Vaccination Hyderabad 1890-1903 - 1890-1903
Year: 1890
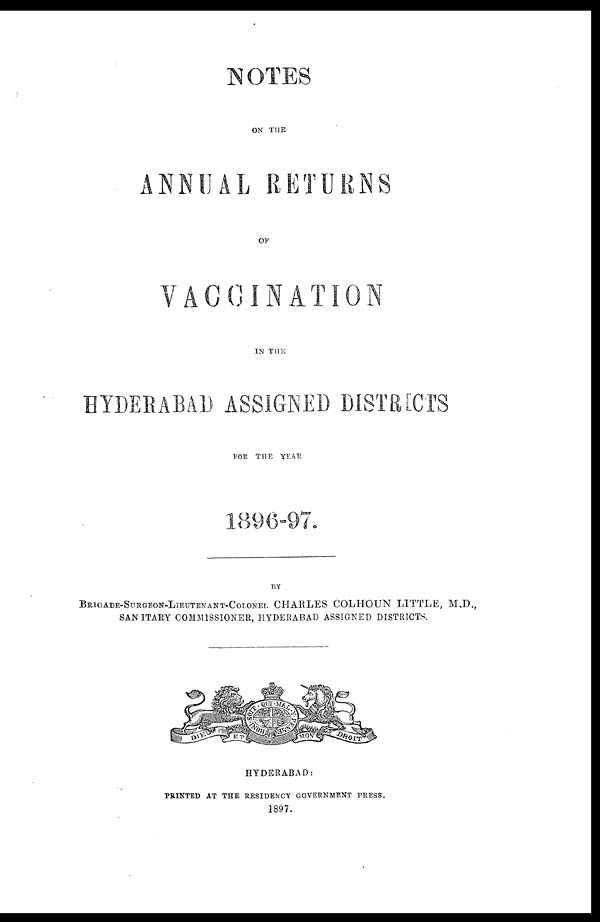
NOTES
ON THE
ANNUAL RETURNS
OF
VACCINATION
IN THE
HYDERABAD ASSIGNED DISTRICTS
FOR THE YEAR
1896-97.
BY
BRIGADE-SURGEON-LIEUTENANT-COLONEL CHARLES COLHOUN LITTLE, M.D.,
SANITARY COMMISSIONER, HYDERABAD ASSIGNED DISTRICTS.
HYDERABAD:
PRINTED AT THE RESIDENCY GOVERNMENT PRESS.
1897.